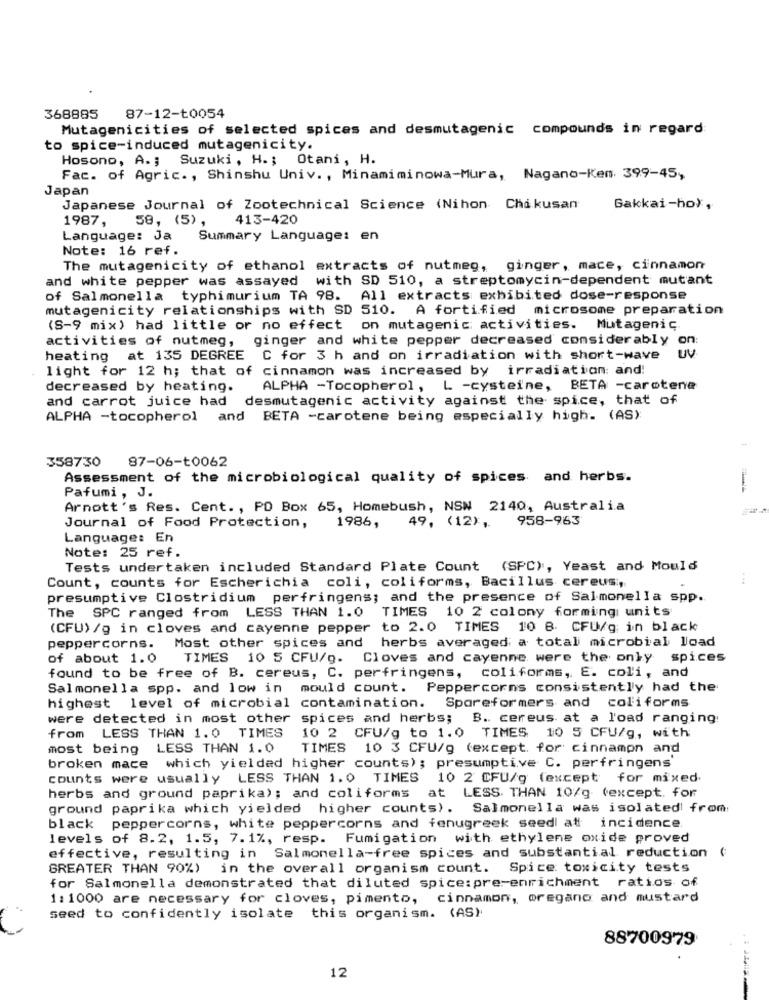
368885
87-12-t0054
Mutagenicities of selected spices and desmutagenic compounds in regard
to spice-induced mutagenicity.
Hosono, A .; Suzuki, H .; Otani, H.
Fac. of Agric ., Shinshu Univ ., Minamiminowa-Mura, Nagano-Ken. 399-45,
Japan
Japanese Journal of Zootechnical Science (Nihon Chokusan
Gakkai-ho),
1987,
413-420
58, (5) ,
Language: Ja
Summary Language: en
Note: 16 ref.
The mutagenicity of ethanol extracts of nutmeg, ginger, mace, cinnamon
and white pepper was assayed with SD 510, a streptomycin-dependent mutant
of Salmonella typhimurium TA 98. All extracts exhibited dose-response
mutagenicity relationships with SD 510. A fortified microsome preparation
(S-9 mix) had little or no effect on mutagenic activities. Mutagenic
activities of nutmeg, ginger and white pepper decreased considerably o
heating at 135 DEGREE C for 3 h and on irradiation with short-wave
UV
light for 12 h; that of cinnamon was increased by irradiation: and!
decreased by heating.
ALPHA -Tocopherol, L -cysteine, BETA -carotene
and carrot juice had desmutagenic activity against the spice, that of
ALPHA -tocopherol and BETA -carotene being especially high. (AS)
358730
87-06-t0062
Assessment of the microbiological quality of spices and herbs.
Pafumi , J.
Arnott's Res. Cent ., PO Box 65, Homebush, NSN 2140, Australia
958-963
Journal of Food Protection,
1986,
49, (12),
Language: En
Note: 25 ref.
Tests undertaken included Standard Plate Count (SPC) :, Yeast and Mould
Count, counts for Escherichia coli, coliforms, Bacillus cereus :,
presumptive Clostridium perfringens; and the presence of Salmonella spp.
The SPC ranged from LESS THAN 1.0 TIMES 10 2 colony forming units
(CFU) /g in cloves and cayenne pepper to 2.0 TIMES 10 8. CFU/g in black
peppercorns. Most other spices and herbs averaged a total microbial load
of about 1.0
TIMES 10 5 CFU/g. Cloves and cayenne were the only spices
found to be free of B. cereus, C. perfringens, coliforms, E. coli, and
Salmonella spp. and low in mould count. Peppercorns consistently had the
highest level of microbial contamination. Spareformers and coliforms
were detected in most other spices and herbs; B. cereus at a load ranging:
from LESS THAN 1.0 TIMES
10 2 CFU/g to 1.0 TIMES 10 5 CFU/g, with
most being LESS THAN 1.0
TIMES 10 3 CFU/g (except for cinnamon and
broken mace which yielded higher counts); presumptive C. perfringens
counts were usually LESS THAN 1.0 TIMES
10 2 CFU/g (except for mixed
herbs and ground paprika); and coliforms at LESS THAN 10/g (except. for
ground paprika which yielded higher counts). Salmonella was isolated from
black peppercorns, white peppercorns and fenugreek seed at incidence
levels of 8.2, 1.5, 7.1%, resp. Fumigation with ethylene oxide proved
effective, resulting in Salmonella-free spices and substantial reduction
GREATER THAN 90%) in the overall organism count. Spice toxicity tests
for Salmonella demonstrated that diluted spice:pre-enrichment ratios of
1: 1000 are necessary for cloves, pimento, cinnamon, oregano and mustard
seed to confidently isolate this organism. (AS)
88700979
12